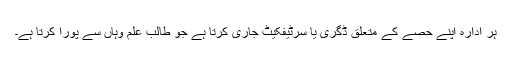
ہر ادارہ اپنے حصے کے متعلق ڈگری یا سرٹیفکیٹ جاری کرتا ہے جو طالب علم وہاں سے پورا کرتا ہے۔